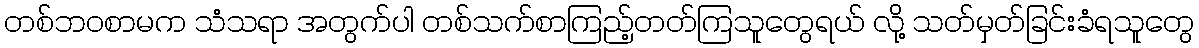
တစ်ဘဝစာမက သံသရာ အတွက်ပါ တစ်သက်စာကြည့်တတ်ကြသူတွေရယ် လို့ သတ်မှတ်ခြင်းခံရသူတွေ